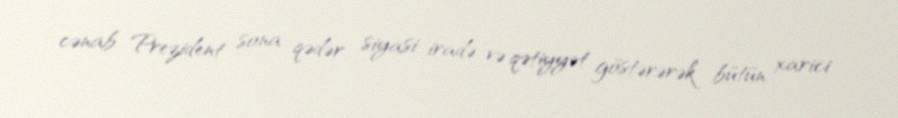
cənab Prezident sona qədər siyasi iradə və qətiyyət göstərərək bütün xarici